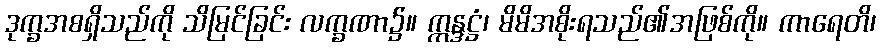
ဒုက္ခအစရှိသည်ကို သိမြင်ခြင်း လက္ခဏာ၌။ ဣန္ဒဋ္ဌံ၊ မိမိအစိုးရသည်၏အဖြစ်ကို။ ကာရေတိ၊